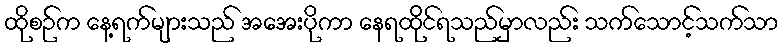
ထိုစဉ်က နေ့ရက်များသည် အအေးပိုကာ နေရထိုင်ရသည်မှာလည်း သက်သောင့်သက်သာ